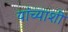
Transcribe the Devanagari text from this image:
यांच्याशीं